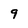
Character: 9